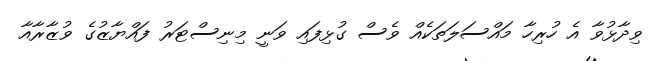
ވިދާޅުވާ އެ ހުރިހާ މައްސަލަތަކެއް ވެސް ގުޅިފައި ވަނީ މިނިސްޓަރު ފައްޔާޒުގެ ވުޒާރާއާ